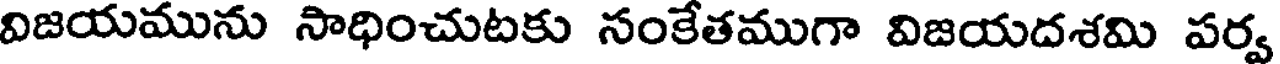
విజయమును సాధించుటకు సంకేతముగా విజయదశమి పర్వ